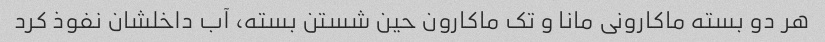
هر دو بسته ماکارونی مانا و تک ماکارون حین شستن بسته، آب داخلشان نفوذ کرد